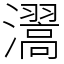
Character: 瀥